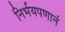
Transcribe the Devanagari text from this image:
निर्भयपणानं